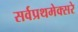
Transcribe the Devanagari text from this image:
सर्वप्रथमेक्सरे